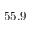
5 5 . 9